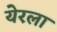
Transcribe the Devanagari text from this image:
येरला